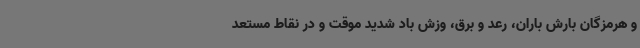
و هرمزگان بارش باران، رعد و برق، وزش باد شدید موقت و در نقاط مستعد